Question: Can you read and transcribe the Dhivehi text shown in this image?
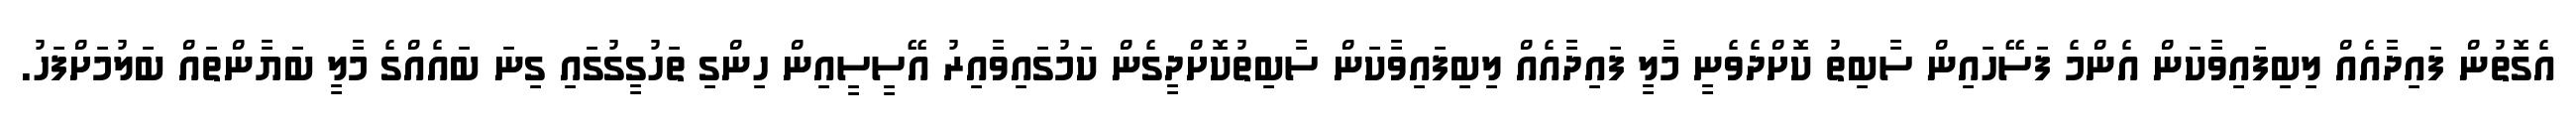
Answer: އެގޮތުން ފައިދާއެއް ލިބިފައިވާކަން އެންމެ ފަސޭހައިން ސާބިތު ކޮށްދެވެނީ މާލީ ފައިދާއެއް ލިބިފައިވާކަން ސާބިތުކޮށްދީގެން ކަމުގައިވާއިރު އޭސީސީއިން ހިންގި ތަހުގީގުގައި ގިނަ ބައެއްގެ މާލީ ބަޔާންތައް ބަލުމަށްފަހު.